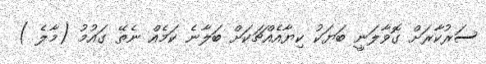
ސަރުކާރަށް ގޮވާލަނީ ބަޔަކު ކިޔާއެއްޗަކަށް ބަލާނެ ކަމެއް ނެތޭ ގައުމު (މާލެ )